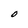
Character: O